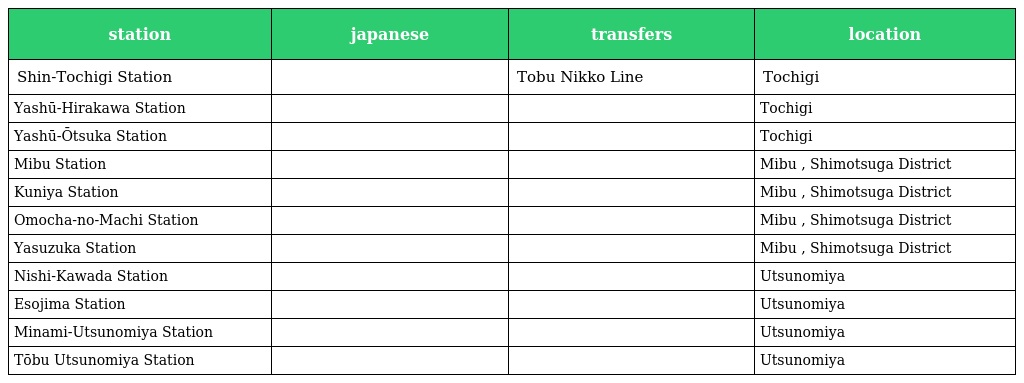
| station | japanese | transfers | location |
 | --- | --- | --- | --- |
 | Shin-Tochigi Station | 新栃木 | Tobu Nikko Line | Tochigi |
 | Yashū-Hirakawa Station | 野州平川 |  | Tochigi |
 | Yashū-Ōtsuka Station | 野州大塚 |  | Tochigi |
 | Mibu Station | 壬生 |  | Mibu , Shimotsuga District |
 | Kuniya Station | 国谷 |  | Mibu , Shimotsuga District |
 | Omocha-no-Machi Station | おもちゃのまち |  | Mibu , Shimotsuga District |
 | Yasuzuka Station | 安塚 |  | Mibu , Shimotsuga District |
 | Nishi-Kawada Station | 西川田 |  | Utsunomiya |
 | Esojima Station | 江曽島 |  | Utsunomiya |
 | Minami-Utsunomiya Station | 南宇都宮 |  | Utsunomiya |
 | Tōbu Utsunomiya Station | 東武宇都宮 |  | Utsunomiya |